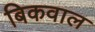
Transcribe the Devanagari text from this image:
बिकवाल